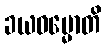
ခယဓမ္မောတိ